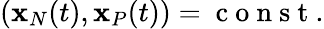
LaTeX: \begin{array}{r}{({\mathbf x}_{N}(t),{\mathbf x}_{P}(t))=\mathrm{~c~o~n~s~t~}.}\end{array}